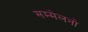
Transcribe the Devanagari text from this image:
सम्मेलनो